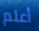
أعلم